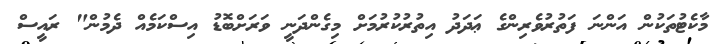
މާކެޓުތަކުން އަންނަ ފަތުރުވެރިންގެ ޢަދަދު އިތުރުކުރުމަށް މިގެންދަނީ ވަރަށްބޮޑު އިސްކަމެއް ދެމުން" ރައީސް